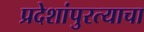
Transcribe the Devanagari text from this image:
प्रदेशांपुरत्याचा